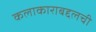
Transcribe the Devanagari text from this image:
कलाकाराबद्दलची